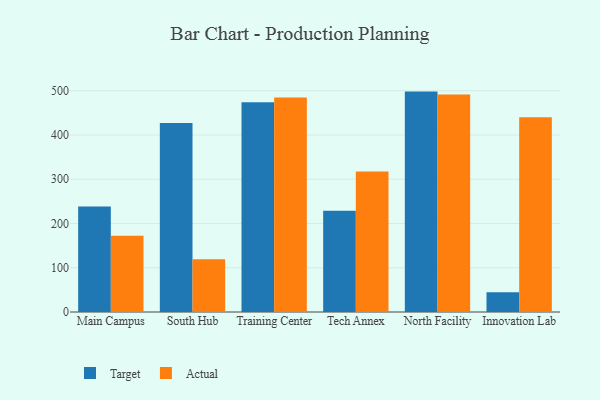
{"axis": {"x": "Campus", "y": "Demand Index"}, "legend": ["Actual", "Target"], "data": [{"x": "Main Campus", "y": 238.6, "type": "Target"}, {"x": "Main Campus", "y": 172.5, "type": "Actual"}, {"x": "South Hub", "y": 427.0, "type": "Target"}, {"x": "South Hub", "y": 119.3, "type": "Actual"}, {"x": "Training Center", "y": 473.7, "type": "Target"}, {"x": "Training Center", "y": 484.5, "type": "Actual"}, {"x": "Tech Annex", "y": 228.5, "type": "Target"}, {"x": "Tech Annex", "y": 317.5, "type": "Actual"}, {"x": "North Facility", "y": 498.0, "type": "Target"}, {"x": "North Facility", "y": 491.7, "type": "Actual"}, {"x": "Innovation Lab", "y": 44.6, "type": "Target"}, {"x": "Innovation Lab", "y": 440.3, "type": "Actual"}]}